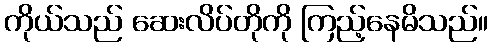
ကိုယ်သည် ဆေးလိပ်တိုကို ကြည့်နေမိသည်။